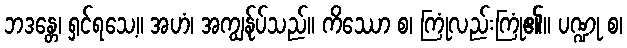
ဘဒန္တေ၊ ရှင်ရသေ့။ အဟံ၊ အကျွန်ုပ်သည်။ ကိဿော စ၊ ကြုံလည်းကြုံ၏။ ပဏ္ဍု စ၊